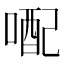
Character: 𪡭